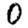
Digit: 0